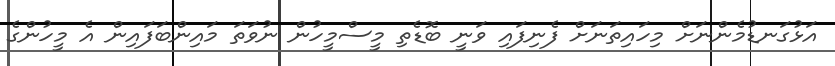
އަޅުގަނޑުމެންނަށް މިހައިތަނަށް ފެނިފައި ވަނީ ބޮޑެތި މީސްމީހުން ނުވަތަ މައިންބަފައިން އެ މީހުންގެ